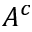
A ^ { c }